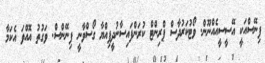
ފިނޭސްއަކީ އޭސީސީއެއްނޫން. ވޯޓުކަރުދާސް ޕްރިންޓް ކުރަންފައިސާނުދީފިއްޔާ ގޯސްވާނީ ފިނޭންސް. ވަގުތު އޮއްވަ އެކަމާ